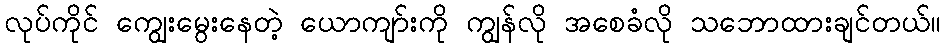
လုပ်ကိုင် ကျွေးမွေးနေတဲ့ ယောကျာ်းကို ကျွန်လို အစေခံလို သဘောထားချင်တယ်။